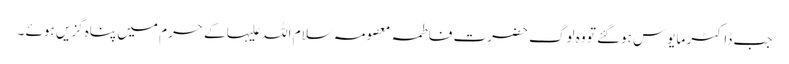
جب ڈاکٹر مایوس ہوگئے تو وہ لوگ حضرت فاطمہ معصومہ سلام اللہ علیہا کے حرم میں پناہ گزیں ہوئے ۔